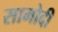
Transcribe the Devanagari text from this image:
सामोदी